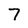
Character: 7